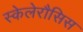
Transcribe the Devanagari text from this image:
स्केलेरौसिस